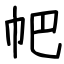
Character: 帊